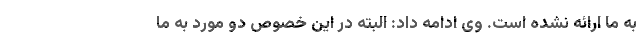
به ما ارائه نشده است. وی ادامه داد: البته در این خصوص دو مورد به ما